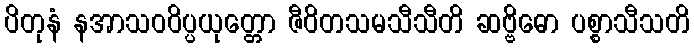
ပိတုနံ နအာသဝဝိပ္ပယုတ္တော ဇီဝိတသမသီသီတိ ဆဗ္ဗိဓော ပစ္စာသီသတိ